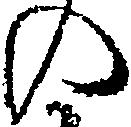
の